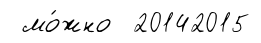
мо́жно 20142015